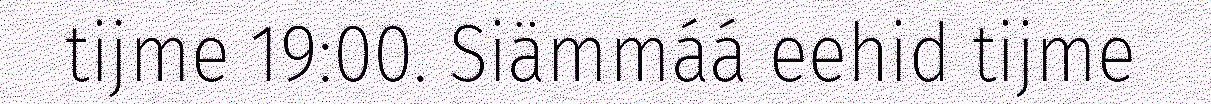
tijme 19:00. Siämmáá eehid tijme